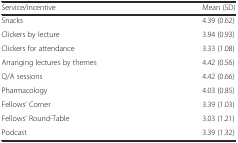
| Service/incentive | Mean (SD) |
 | --- | --- |
 | Snacks | 4.39 (0.62) |
 | Clickers by lecture | 3.94 (0.93) |
 | Clickers for attendance | 3.33 (1.08) |
 | Arranging lectures by themes | 4.42 (0.56) |
 | Q/A sessions | 4.42 (0.66) |
 | Pharmacology | 4.03 (0.85) |
 | Fellows’ Corner | 3.39 (1.03) |
 | Fellows’ Round-Table | 3.03 (1.21) |
 | Podcast | 3.39 (1.32) |